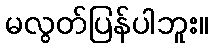
မလွတ်ပြန်ပါဘူး။